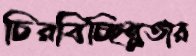
চিরবিচ্ছিন্নতার